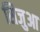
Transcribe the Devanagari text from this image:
सिजुआ